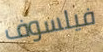
فيلسوف